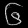
Digit: ၆